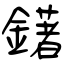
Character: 鐯